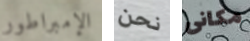
الإمبراطور نحن مكانى